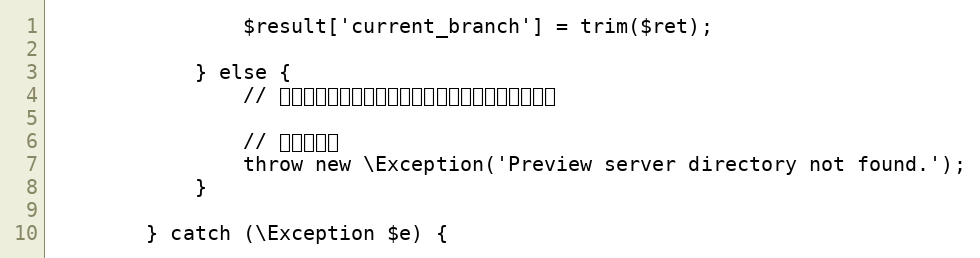
Language: PHP
				$result['current_branch'] = trim($ret);

			} else {
				// プレビューサーバのディレクトリが存在しない場合

				// エラー処理
				throw new \Exception('Preview server directory not found.');
			}

		} catch (\Exception $e) {